Indian journal of veterinary science and animal husbandry - Volume 4,
Year: 1934
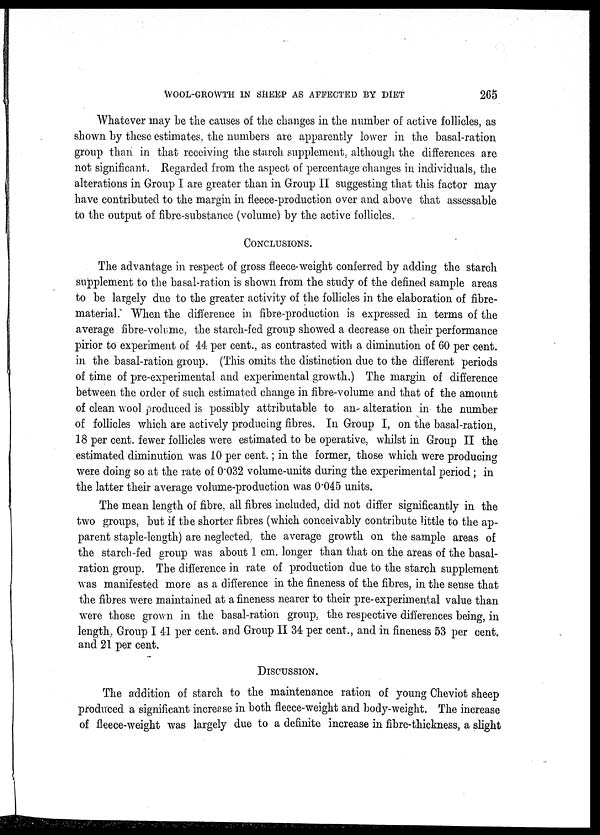
WOOL-GROWTH IN SHEEP AS AFFECTED BY DIET 265
Whatever may be the causes of the changes in the number of active follicles, as
shown by these estimates, the numbers are apparently lower in the basal-ration
group than in that receiving the starch supplement, although the differences are
not significant. Regarded from the aspect of percentage changes in individuals, the
alterations in Group I are greater than in Group II suggesting that this factor may
have contributed to the margin in fleece-production over and above that assessable
to the output of fibre-substance (volume) by the active follicles.
CONCLUSIONS.
The advantage in respect of gross fleece-weight conferred by adding the starch
supplement to the basal-ration is shown from the study of the defined sample areas
to be largely due to the greater activity of the follicles in the elaboration of fibre-
material. When the difference in fibre-production is expressed in terms of the
average fibre-volume, the starch-fed group showed a decrease on their performance
pirior to experiment of 44 per cent., as contrasted with a diminution of 60 per cent.
in the basal-ration group. (This omits the distinction due to the different periods
of time of pre-experimental and experimental growth.) The margin of difference
between the order of such estimated change in fibre-volume and that of the amount
of clean wool produced is possibly attributable to an- alteration in the number
of follicles which are actively producing fibres. In Group I, on the basal-ration,
18 per cent. fewer follicles were estimated to be operative, whilst in Group II the
estimated diminution was 10 per cent.; in the former, those which were producing
were doing so at the rate of 0.032 volume-units during the experimental period ; in
the latter their average volume-production was 0.045 units.
The mean length of fibre, all fibres included, did not differ significantly in the
two groups, but if the shorter fibres (which conceivably contribute little to the ap-
parent staple-length) are neglected, the average growth on the sample areas of
the starch-fed group was about 1 cm. longer than that on the areas of the basal-
ration group. The difference in rate of production due to the starch supplement
was manifested more as a difference in the fineness of the fibres, in the sense that
the fibres were maintained at a fineness nearer to their pre-experimental value than
were those grown in the basal-ration group the respective differences being, in
length. Group I 41 per cent. and Group II 34 per cent., and in fineness 53 per cent.
and 21 per cent.
DISCUSSION.
The addition of starch to the maintenance ration of young Cheviot sheep
produced a significant increase in both fleece-weight and body-weight. The increase
of fleece-weight was largely due to a definite increase in fibre-thickness, a slight